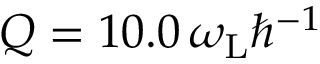
Q = 1 0 . 0 \, \omega _ { \mathrm { L } } \hbar ^ { - 1 }